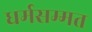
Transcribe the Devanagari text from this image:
धर्मसम्मत